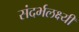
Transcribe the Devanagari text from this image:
संदर्भलक्ष्यी